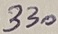
Text: 330